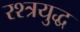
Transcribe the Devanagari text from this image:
रश्त्रयुद्ध